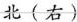
北(右)